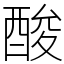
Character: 酸